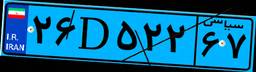
۲۶D۵۲۲۶۷